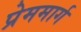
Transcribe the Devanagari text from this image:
प्रेममार्ग